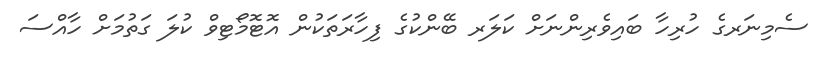
ސެމިނަރގެ ހުރިހާ ބައިވެރިންނަށް ކަލަރ ބޭންކުގެ ފިހާރަތަކުން އޮޓޮމޯޓިވް ކުލަ ގަތުމަށް ހާއްސަ